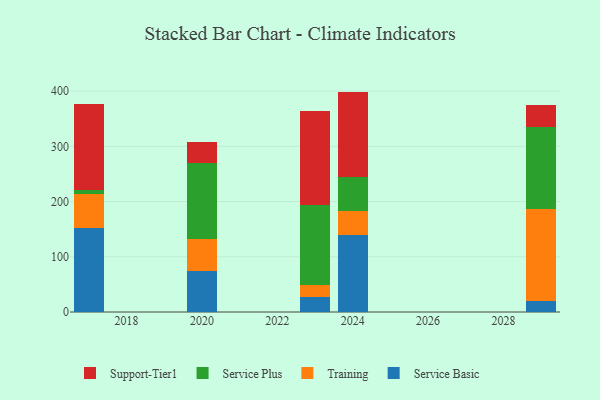
{"axis": {"x": "Year", "y": "Latency (ms)"}, "legend": ["Service Basic", "Service Plus", "Support-Tier1", "Training"], "data": [{"x": "2024", "y": 140.3, "type": "Service Basic"}, {"x": "2024", "y": 42.4, "type": "Training"}, {"x": "2024", "y": 62.2, "type": "Service Plus"}, {"x": "2024", "y": 154.2, "type": "Support-Tier1"}, {"x": "2029", "y": 19.9, "type": "Service Basic"}, {"x": "2029", "y": 167.0, "type": "Training"}, {"x": "2029", "y": 148.3, "type": "Service Plus"}, {"x": "2029", "y": 39.3, "type": "Support-Tier1"}, {"x": "2020", "y": 73.9, "type": "Service Basic"}, {"x": "2020", "y": 57.8, "type": "Training"}, {"x": "2020", "y": 138.9, "type": "Service Plus"}, {"x": "2020", "y": 36.9, "type": "Support-Tier1"}, {"x": "2017", "y": 151.3, "type": "Service Basic"}, {"x": "2017", "y": 62.0, "type": "Training"}, {"x": "2017", "y": 7.3, "type": "Service Plus"}, {"x": "2017", "y": 156.5, "type": "Support-Tier1"}, {"x": "2023", "y": 27.0, "type": "Service Basic"}, {"x": "2023", "y": 21.6, "type": "Training"}, {"x": "2023", "y": 145.8, "type": "Service Plus"}, {"x": "2023", "y": 169.5, "type": "Support-Tier1"}]}